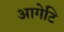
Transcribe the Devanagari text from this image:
आगेटि